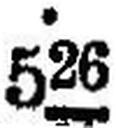
526